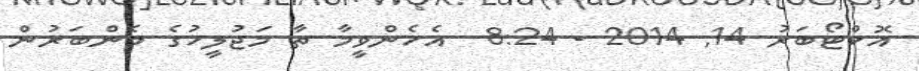
އޮކްޓޯބަރު 14